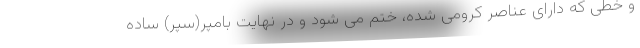
و خطی که دارای عناصر کرومی شده، ختم می شود و در نهایت بامپر(سپر) ساده